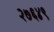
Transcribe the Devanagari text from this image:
२७६४९